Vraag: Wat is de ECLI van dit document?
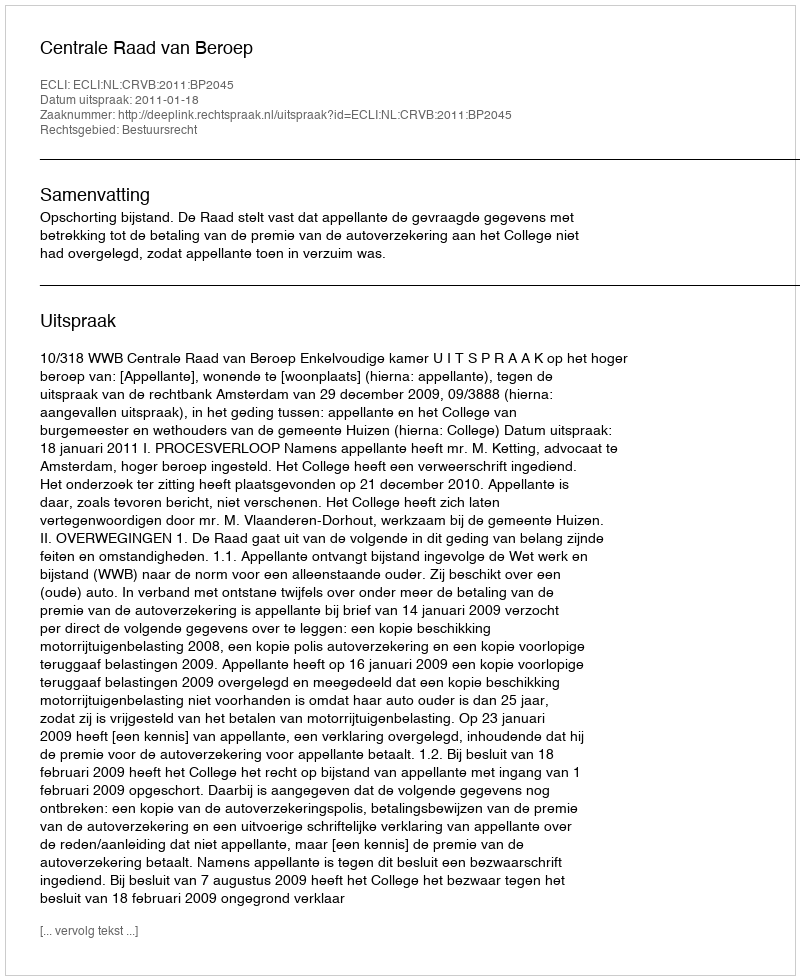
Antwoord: ECLI:NL:CRVB:2011:BP2045